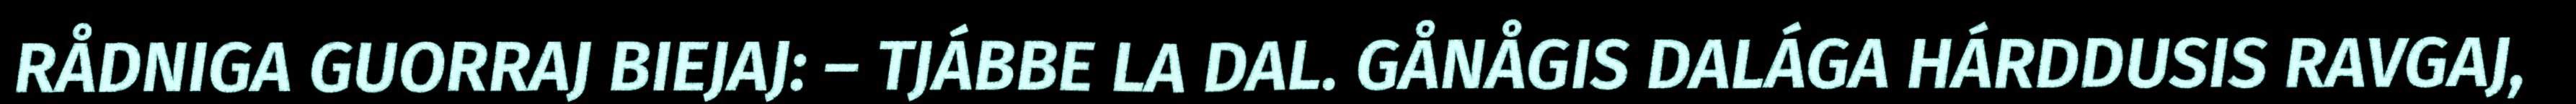
RÅDNIGA GUORRAJ BIEJAJ: – TJÁBBE LA DAL. GÅNÅGIS DALÁGA HÁRDDUSIS RAVGAJ,